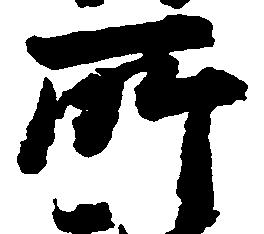
所